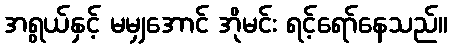
အရွယ်နှင့် မမျှအောင် အိုမင်း ရင့်ရော်နေသည်။